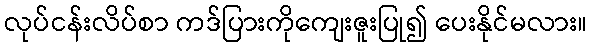
လုပ်ငန်းလိပ်စာ ကဒ်ပြားကိုကျေးဇူးပြု၍ ပေးနိုင်မလား။